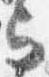
与